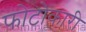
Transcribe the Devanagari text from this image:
फोटोकारी